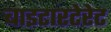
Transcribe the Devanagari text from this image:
बाइटारटेरेट